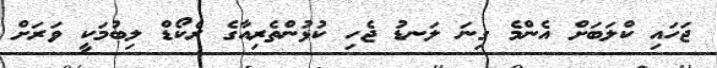
ޖަހައި ކްލަބަށް އެންމެ ގިނަ ލަނޑު ޖެހި ކުޅުންތެރިއާގެ ރެކޯޑް ލިބުމަކީ ވަރަށް